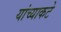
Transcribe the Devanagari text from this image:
यांच्याकटे